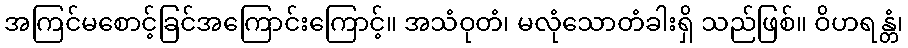
အကြင်မစောင့်ခြင်အကြောင်းကြောင့်။ အသံဝုတံ၊ မလုံသောတံခါးရှိ သည်ဖြစ်။ ဝိဟရန္တံ၊